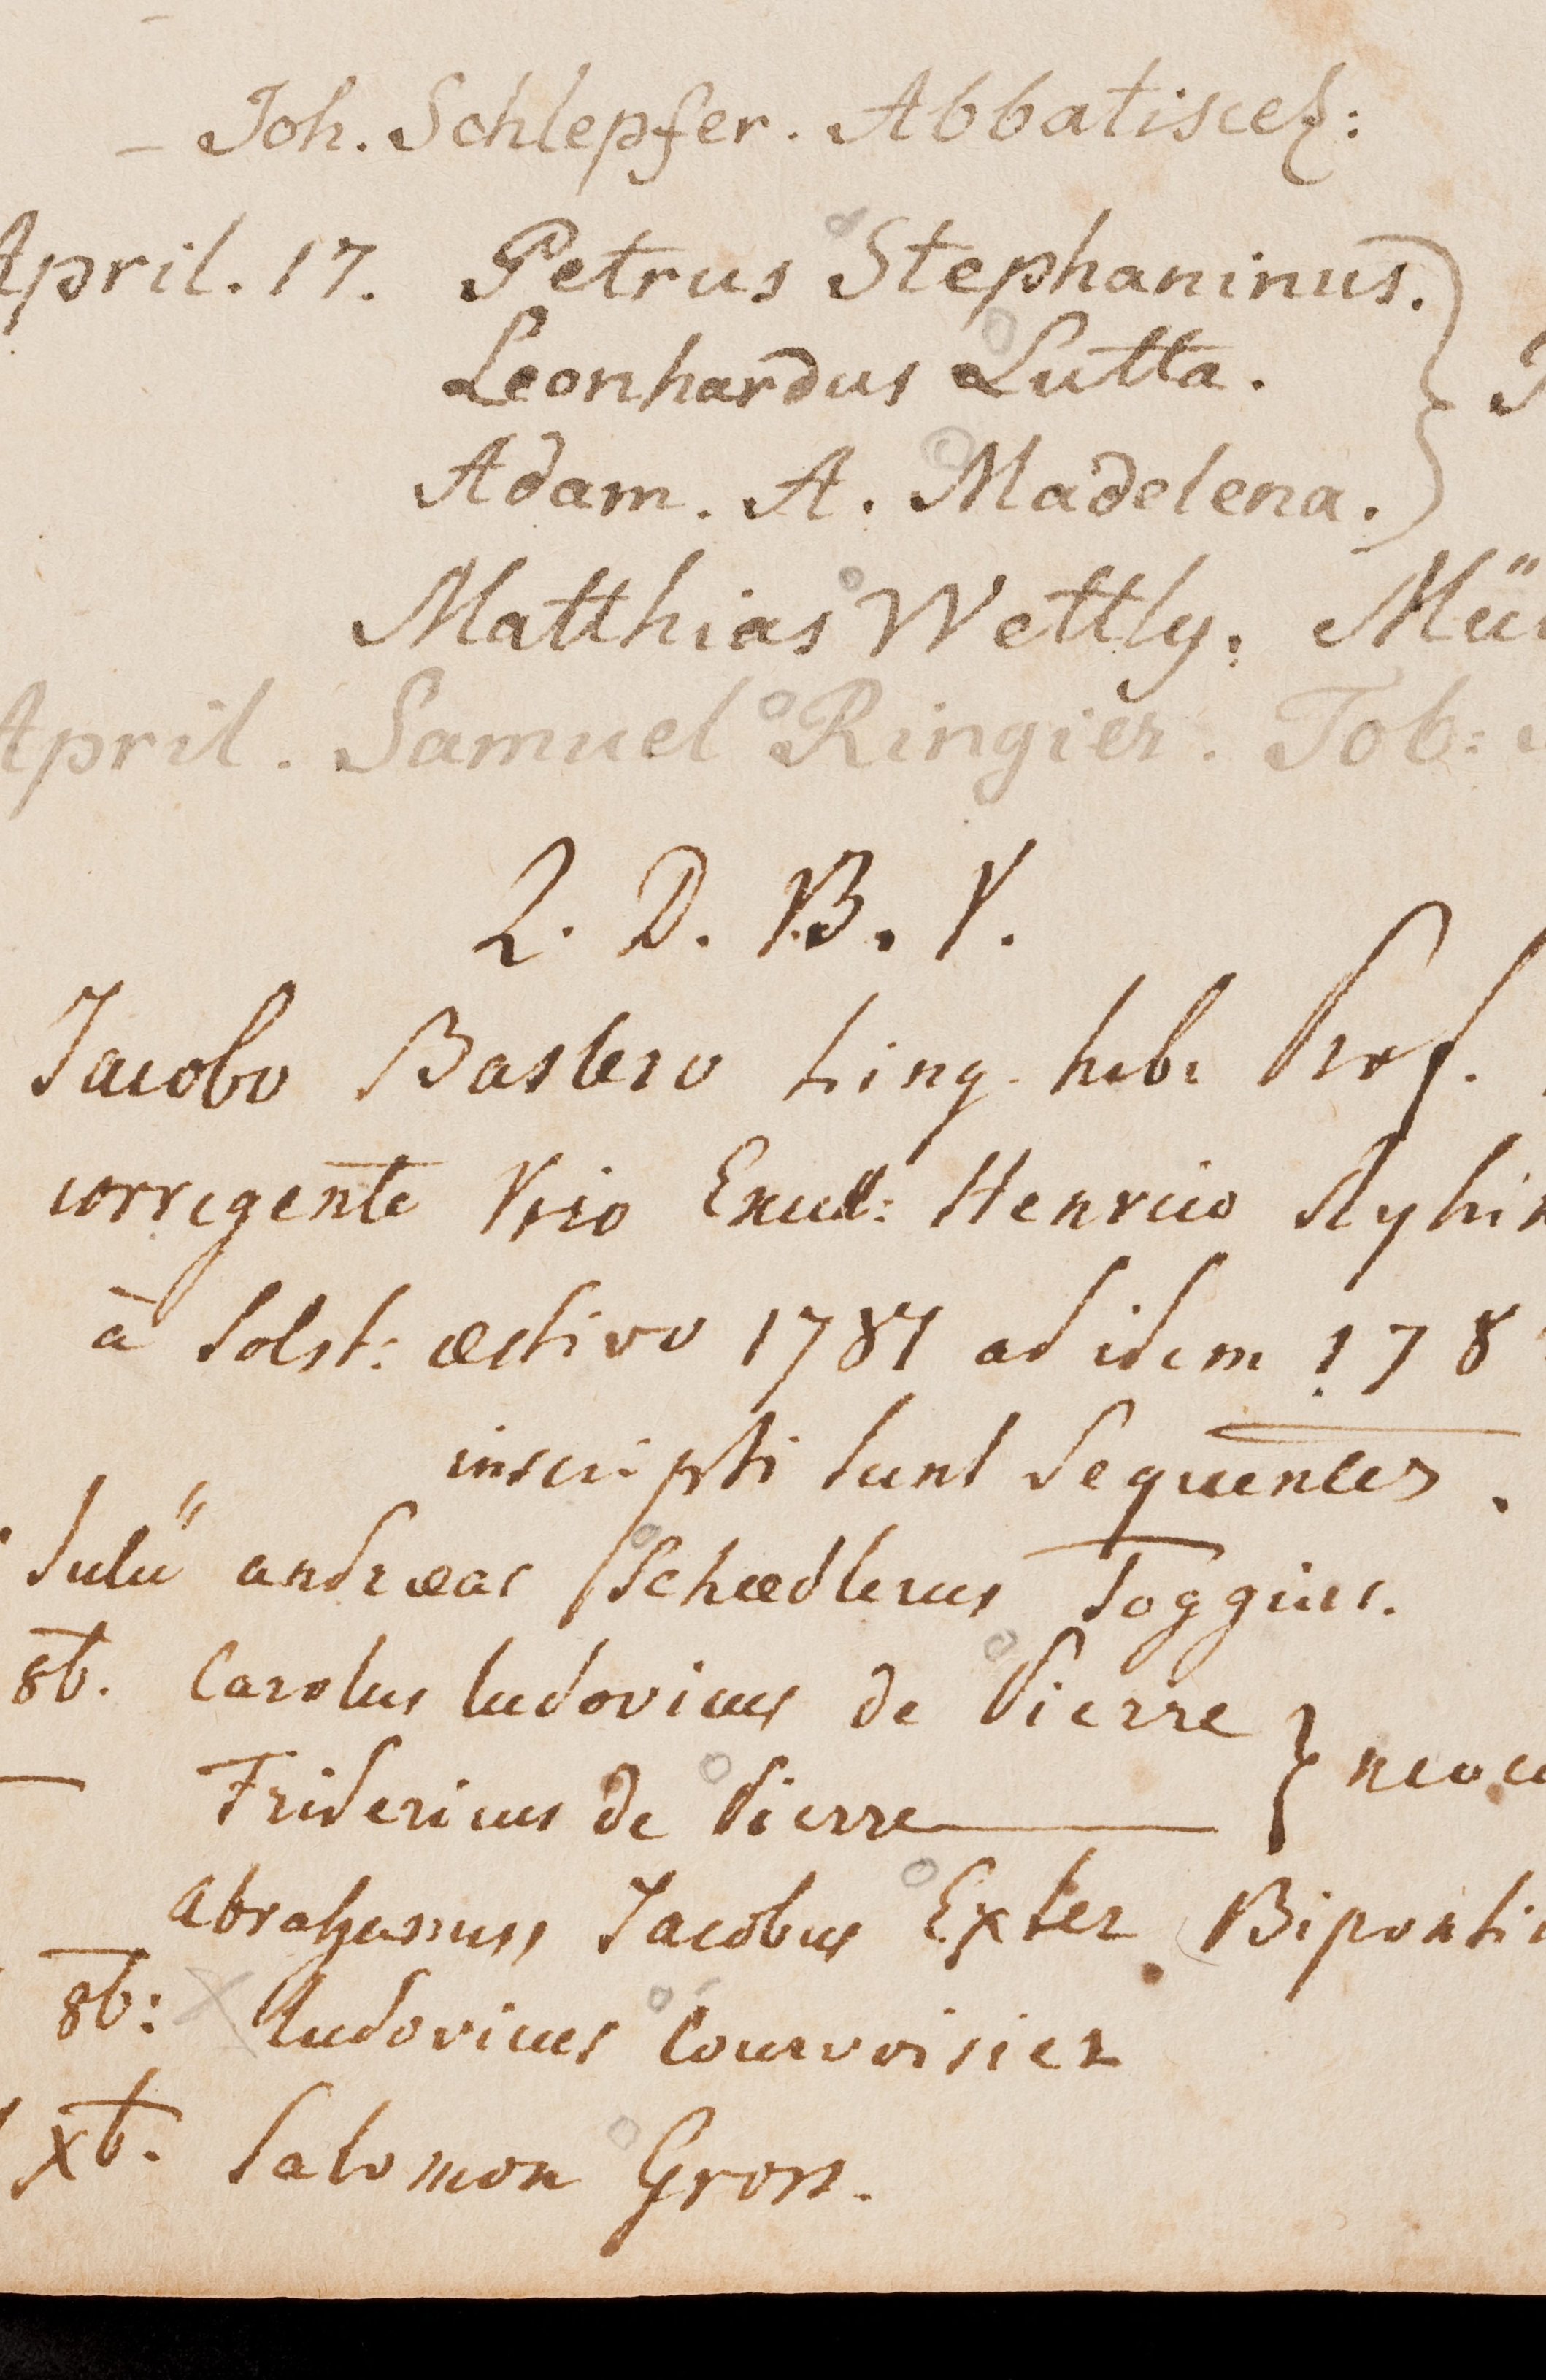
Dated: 1599–1837